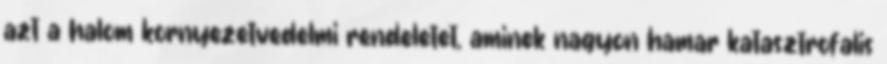
azt a halom kornyezetvedelmi rendeletet, aminek nagyon hamar katasztrofalis